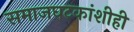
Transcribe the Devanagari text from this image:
समाजघटकांशीही